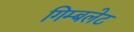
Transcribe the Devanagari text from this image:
गिम्बलेट